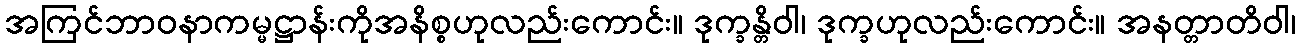
အကြင်ဘာဝနာကမ္မဋ္ဌာန်းကိုအနိစ္စဟုလည်းကောင်း။ ဒုက္ခန္တိဝါ၊ ဒုက္ခဟုလည်းကောင်း။ အနတ္တာတိဝါ၊